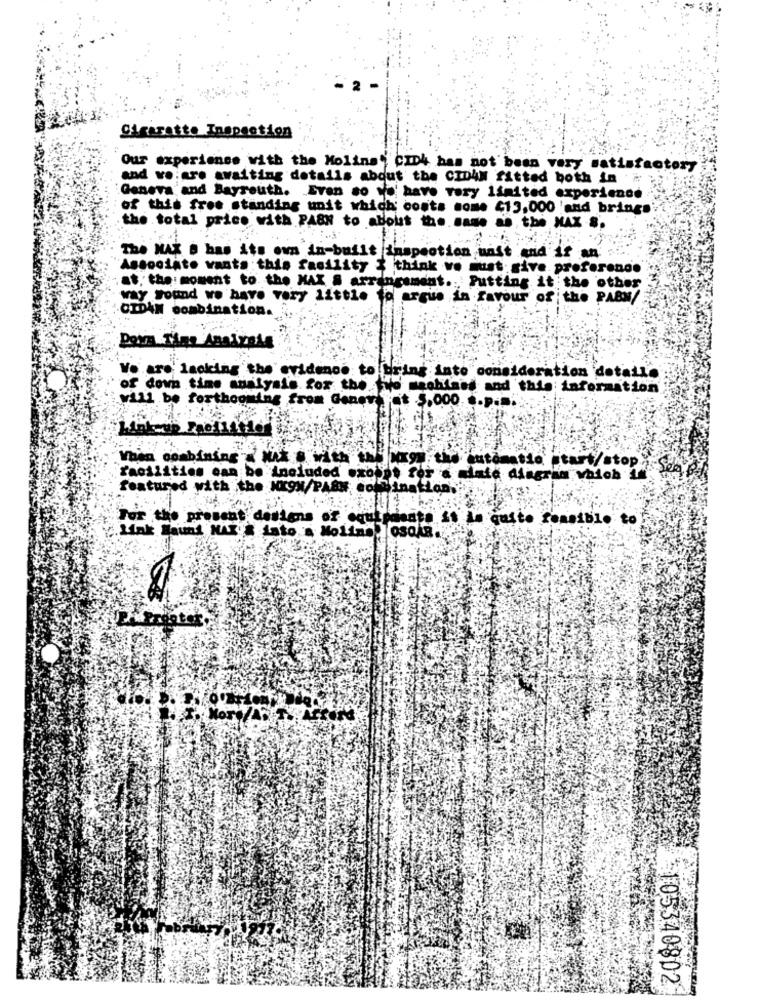
2
Cigarette Inspection
Our experience with the Molins" CID4 has not been very satisfactory
and vo:are awaiting details about the CIDAN fitted both in
Geneva and Bayreuth. Even so ya' have very limited experience
of this free standing unit which costs some 413,000 and brings
the total price with PABN to about the same as the MAX 8.
The MAX B has its own in-built inspection unst and if an' :
Associato vanta :this facility 3 think vo must give. profereno.
at. the: moment to the MAX & arrangement. Putting it the other
way sound we have very little to argue in favour of the PABN/
CIDAN combination.
Down Time Analysis
Wo are lacking the evidence to bring into consideration detallo
of down time analysis for the tro nachlass and this information
will be forthcoming from Gener at $,000 c.p.
the automatic start/stop
Seg
Facilities can be included uxoppt for a mate diagram which
featured with the XX9X/PA&# cold ination."
For the present designs of scutpanate st in gaste sensibio to
Link Haunt NAK & dato a Moline Tosoka .
105340802